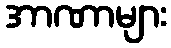
အာဏာများ